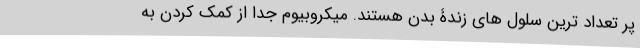
پر تعداد ترین سلول های زندۀ بدن هستند. میکروبیوم جدا از کمک کردن به